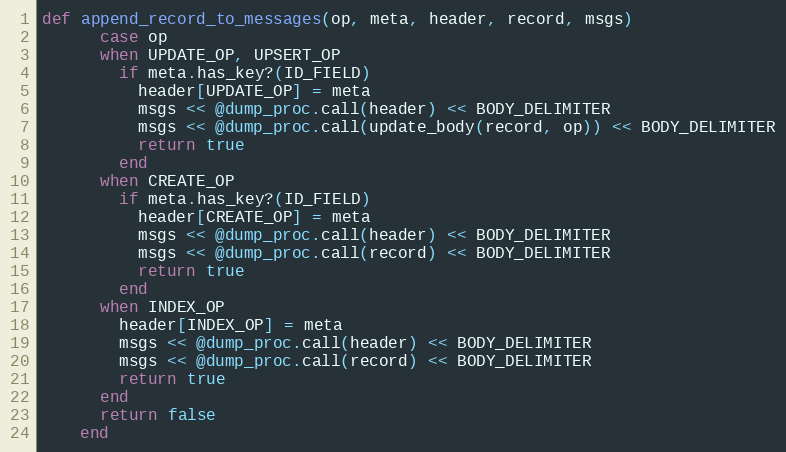
Language: Ruby
def append_record_to_messages(op, meta, header, record, msgs)
      case op
      when UPDATE_OP, UPSERT_OP
        if meta.has_key?(ID_FIELD)
          header[UPDATE_OP] = meta
          msgs << @dump_proc.call(header) << BODY_DELIMITER
          msgs << @dump_proc.call(update_body(record, op)) << BODY_DELIMITER
          return true
        end
      when CREATE_OP
        if meta.has_key?(ID_FIELD)
          header[CREATE_OP] = meta
          msgs << @dump_proc.call(header) << BODY_DELIMITER
          msgs << @dump_proc.call(record) << BODY_DELIMITER
          return true
        end
      when INDEX_OP
        header[INDEX_OP] = meta
        msgs << @dump_proc.call(header) << BODY_DELIMITER
        msgs << @dump_proc.call(record) << BODY_DELIMITER
        return true
      end
      return false
    end